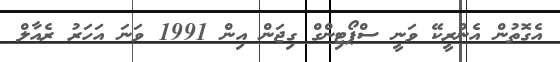
އެގޮތުން އެންރީކޭ ވަނީ ސްޕޯޓިންގް ގިޖަން އިން 1991 ވަނަ އަހަރު ރެއާލް